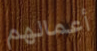
أعمالهم